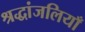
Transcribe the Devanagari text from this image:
श्रद्धांजलियाँ